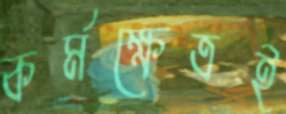
কর্মক্ষেত্রই